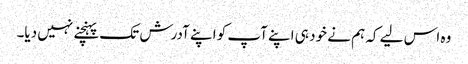
وہ اس لیے کہ ہم نے خود ہی اپنے آپ کو اپنے آدرش تک پہنچنے نہیں دیا۔